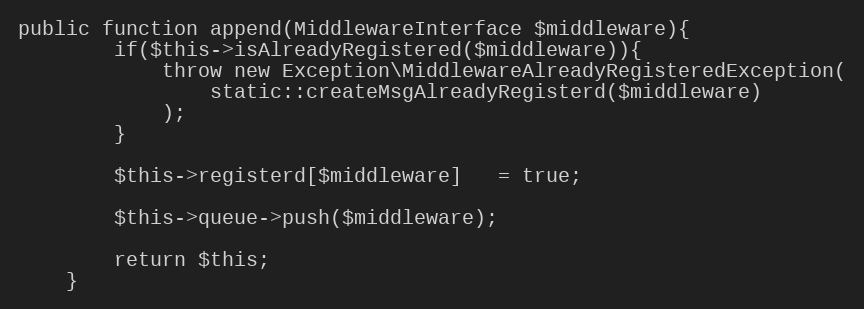
Language: PHP
public function append(MiddlewareInterface $middleware){
        if($this->isAlreadyRegistered($middleware)){
            throw new Exception\MiddlewareAlreadyRegisteredException(
                static::createMsgAlreadyRegisterd($middleware)
            );
        }

        $this->registerd[$middleware]   = true;

        $this->queue->push($middleware);

        return $this;
    }